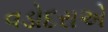
વડોદરાએ